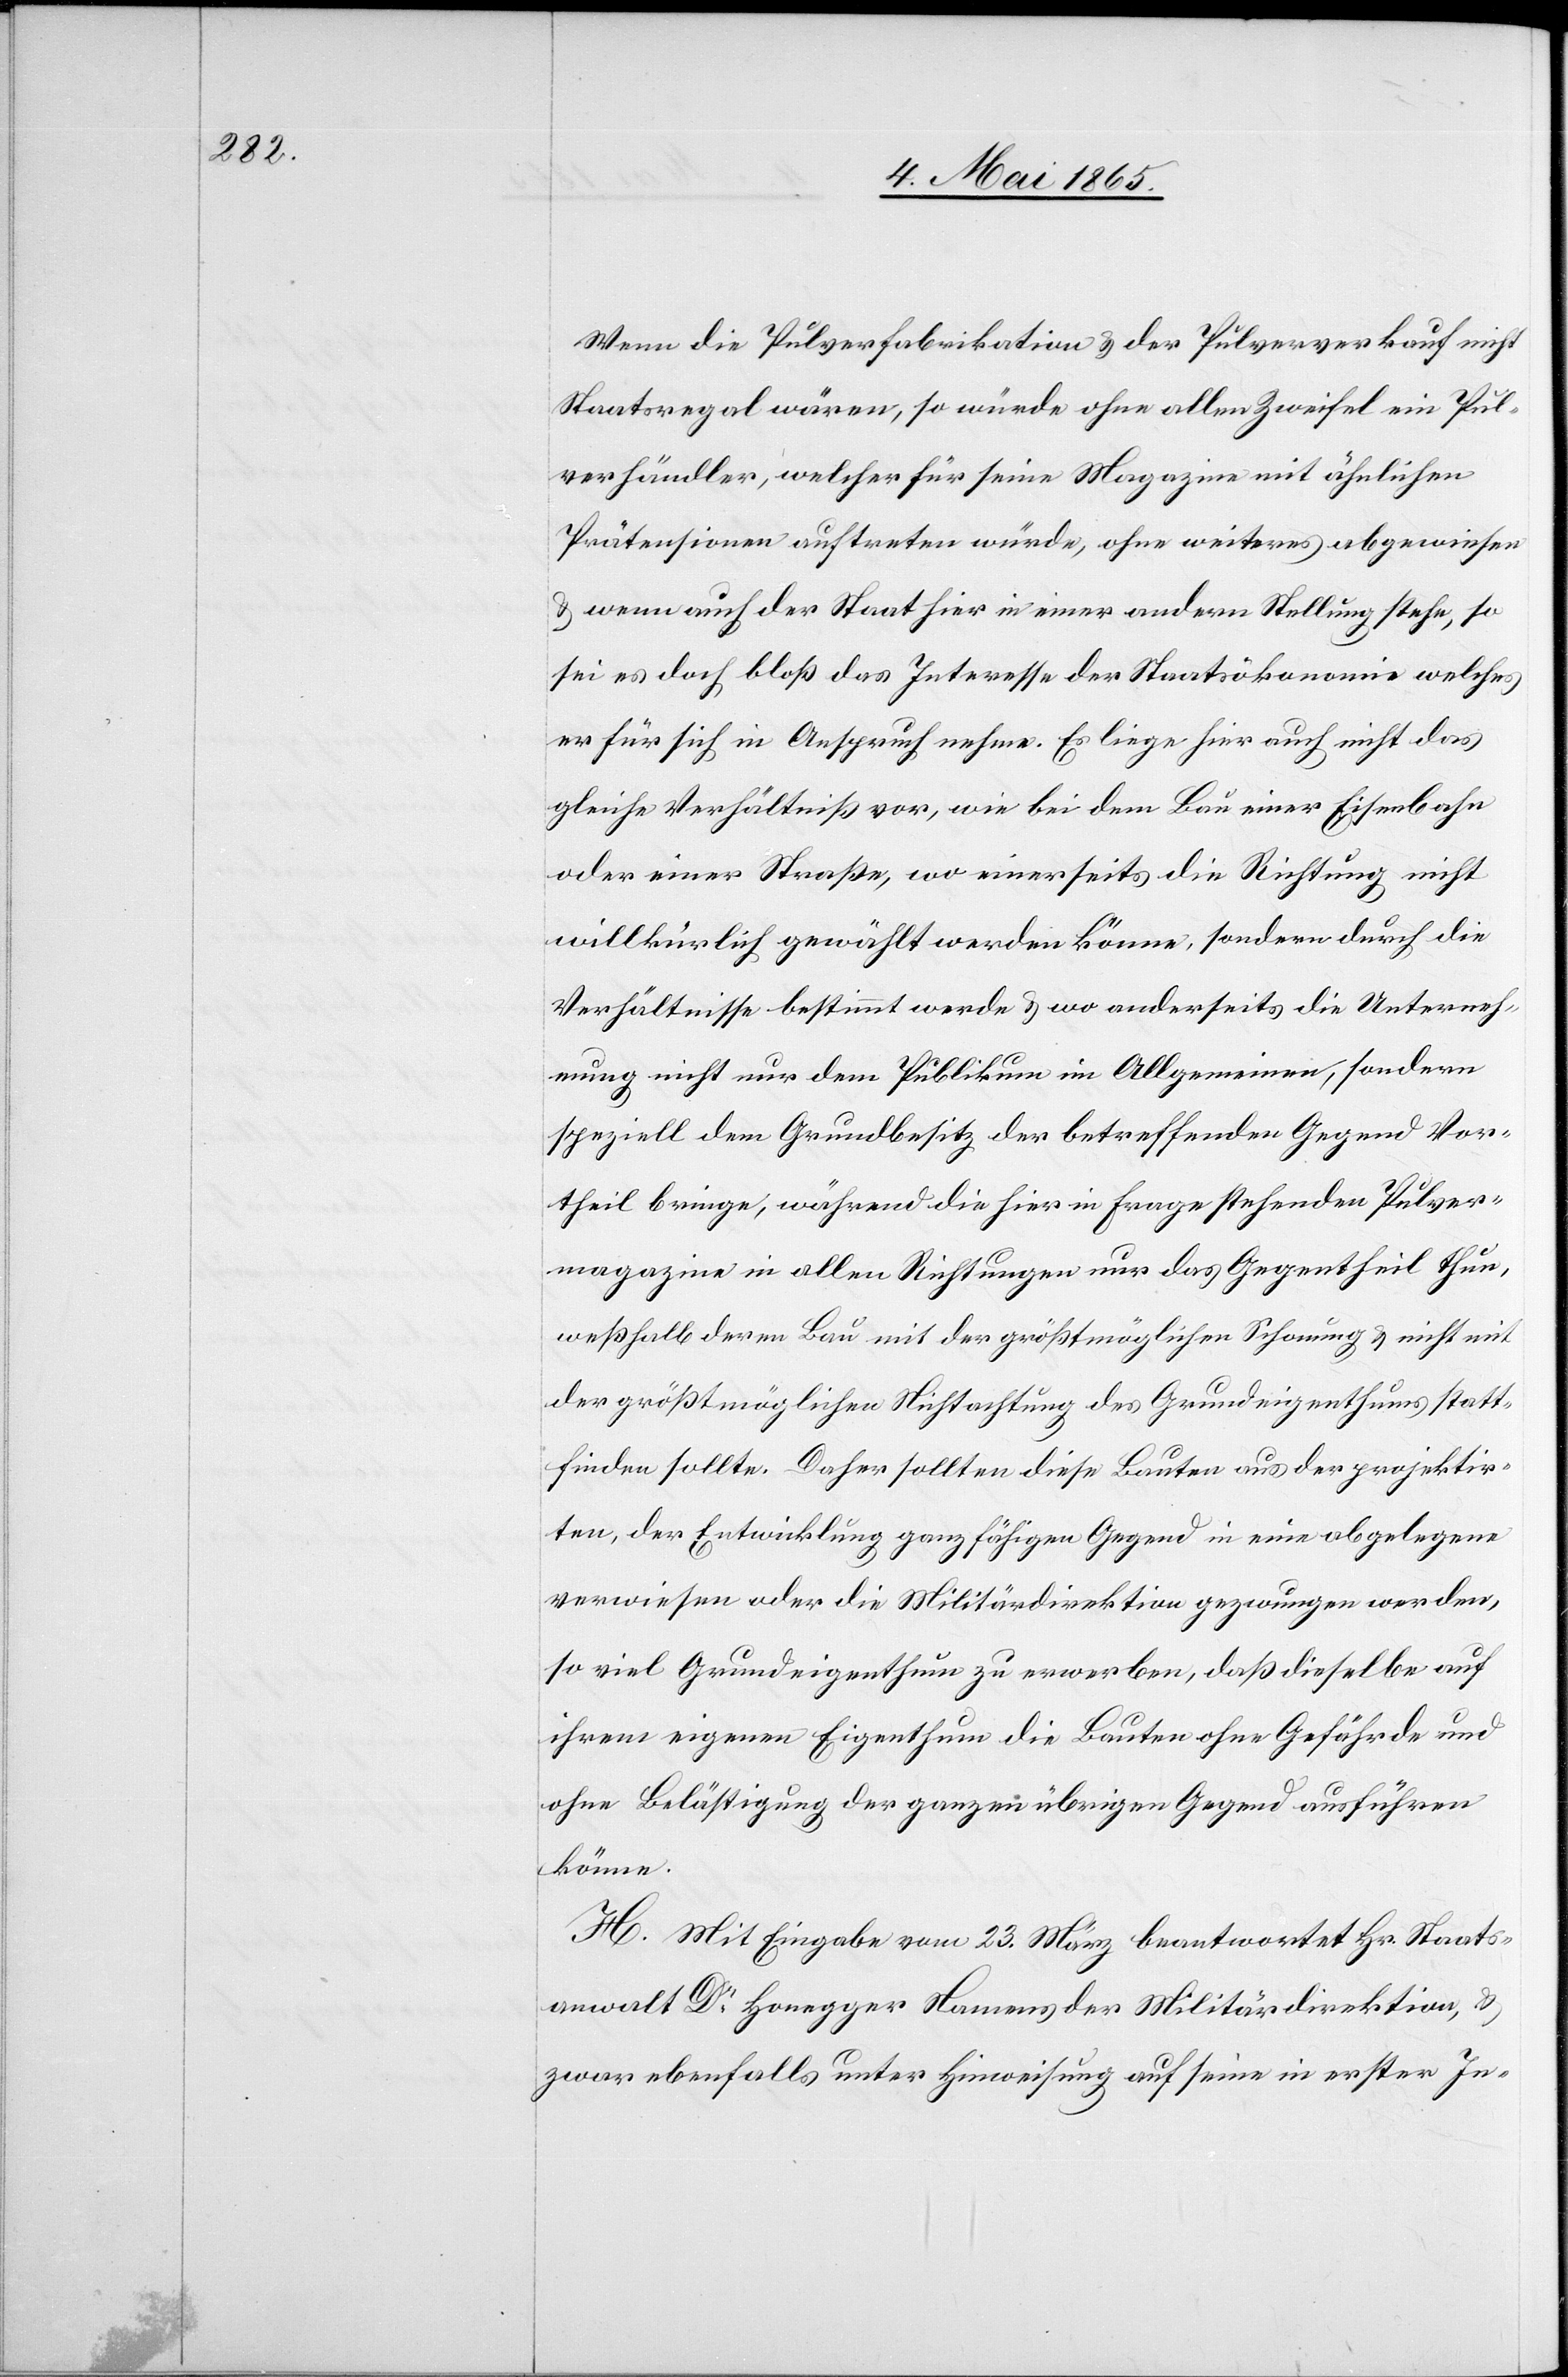
Wenn die Pulverfabrikation & der Pulververkauf nicht
Staatsregal wären, so würde ohne allen Zweifel ein Pul¬
verhändler, welcher für seine Magazine mit ähnlichen
Prätensionen auftreten würde, ohne weiteres abgewiesen
& wenn auch der Staat hier in einer andern Stellung stehe, so
sei es doch bloß das Interesse der Staatsökonomie welches
er für sich in Anspruch nehme. Es liege hier auch nicht das
gleiche Verhältniß vor, wie bei dem Bau einer Eisenbahn
oder einer Straße, wo einerseits die Richtung nicht
willkürlich gewählt werden könne, sondern durch die
Verhältnisse bestimmt werde & wo anderseits die Unterneh¬
mung nicht nur dem Publikum im Allgemeinen, sondern
speziell dem Grundbesitz der betreffenden Gegend Vor¬
theil bringe, während die hier in Frage stehenden Pulver¬
magazine in allen Richtungen nur das Gegentheil thun,
weßhalb deren Bau mit der größtmöglichen Schonung & nicht mit
der größtmöglichen Nichtachtung des Grundeigenthums statt¬
finden sollte. Daher sollten diese Bauten aus der projektir¬
ten, der Entwicklung ganz fähigen Gegend in eine abgelegene
verwiesen oder die Militärdirektion gezwungen werden,
so viel Grundeigenthum zu erwerben, daß dieselbe auf
ihrem eigenen Eigenthum die Bauten ohne Gefährde und
ohne Belästigung der ganzen übrigen Gegend ausführen
könne.
H. Mit Eingabe vom 23. März beantwortet Hr. Staats¬
anwalt Dr Honegger Namens der Militärdirektion, &
zwar ebenfalls unter Hinweisung auf seine in erster In-